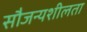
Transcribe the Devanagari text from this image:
सौजन्यशीलता